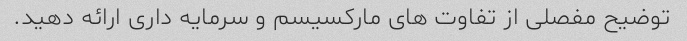
توضیح مفصلی از تفاوت های مارکسیسم و سرمایه داری ارائه دهید.